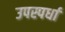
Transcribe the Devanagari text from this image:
उपस्पर्धा